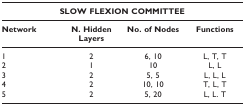
| <COLSPAN=4> SLOW FLEXION COMMITTEE |
 | --- | --- | --- | --- |
 | Network | N. Hidden Layers | No. of Nodes | Functions |
 | 1 | 2 | 6, 10 | L, T, T |
 | 2 | 1 | 10 | L, L |
 | 3 | 2 | 5, 5 | L, L, L |
 | 4 | 2 | 10, 10 | T, L, T |
 | 5 | 2 | 5, 20 | L, L. T |